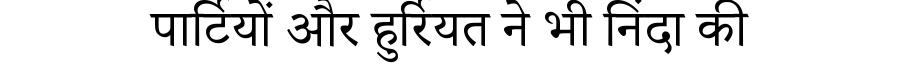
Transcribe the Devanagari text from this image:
पार्टियों और हुर्रियत ने भी निंदा की